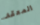
المعقد